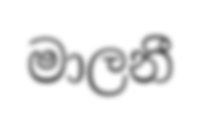
මාලනී